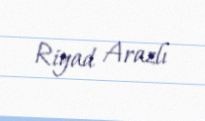
Riyad Arazlı